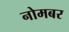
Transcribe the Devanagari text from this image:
नोमबर